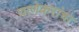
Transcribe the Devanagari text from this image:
घाणेकरांचा